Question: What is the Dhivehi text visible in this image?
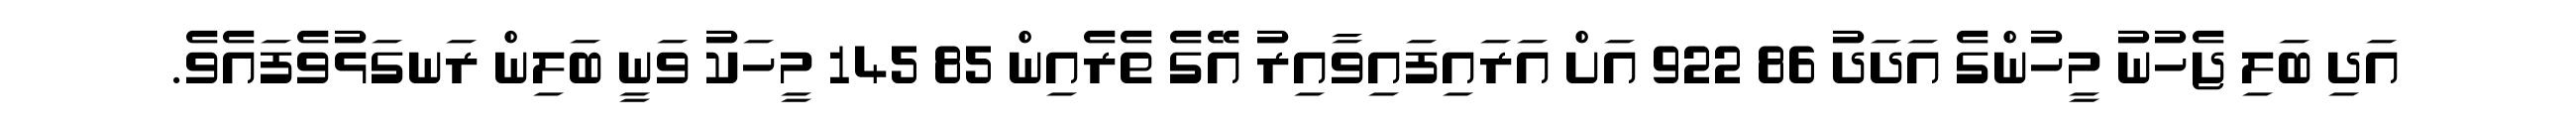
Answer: އަދި ބަލި ޖެހުނު މީހުންގެ އަދަދު 86 922 އަށް އަރައިފައިވާއިރު އޭގެ ތެރެއިން 85 145 މީހަކު ވަނީ ބަލިން ރަނގަޅުވެފައެވެ.